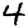
Digit: 4